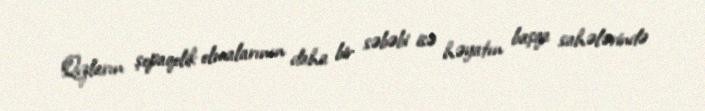
Qızların şopaqolik olmalarının daha bir səbəbi isə həyatın başqa sahələrində